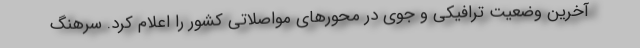
آخرین وضعیت ترافیکی و جوی در محورهای مواصلاتی کشور را اعلام کرد. سرهنگ